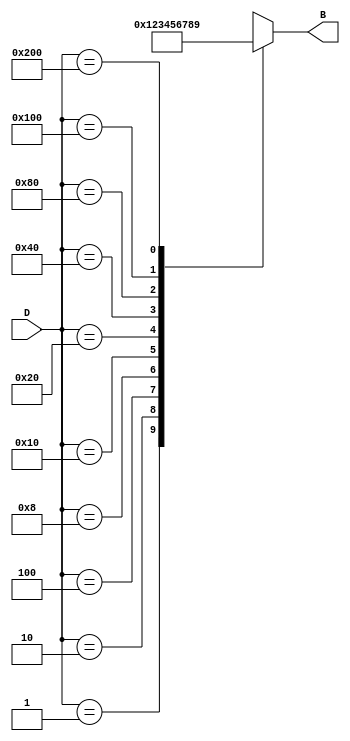
module DecimalToBinaryEncoder (
    input wire [9:0] D,  // 10 input lines D0 to D9
    output reg [3:0] B   // 4-bit binary output B3, B2, B1, B0
);

// Always block for combinational logic
always @(*) begin
    case (D)
        10'b0000000001: B = 4'b0000; // D0
        10'b0000000010: B = 4'b0001; // D1
        10'b0000000100: B = 4'b0010; // D2
        10'b0000001000: B = 4'b0011; // D3
        10'b0000010000: B = 4'b0100; // D4
        10'b0000100000: B = 4'b0101; // D5
        10'b0001000000: B = 4'b0110; // D6
        10'b0010000000: B = 4'b0111; // D7
        10'b0100000000: B = 4'b1000; // D8
        10'b1000000000: B = 4'b1001; // D9
        default:        B = 4'bxxxx; // Invalid input (all low or multiple high)
    endcase
end

endmodule